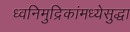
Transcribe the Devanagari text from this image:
ध्वनिमुद्रिकांमध्येसुद्धा